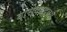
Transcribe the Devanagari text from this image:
बासवपट्टनम